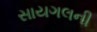
સાયગલની